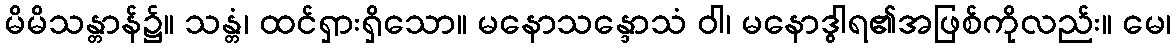
မိမိသန္တာန်၌။ သန္တံ၊ ထင်ရှားရှိသော။ မနောသန္ဒောသံ ဝါ၊ မနောဒွါရ၏အဖြစ်ကိုလည်း။ မေ၊